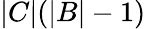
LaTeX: |C|(|B|-1)